Jaan_Tonisson_(Lasteleht), lk 74
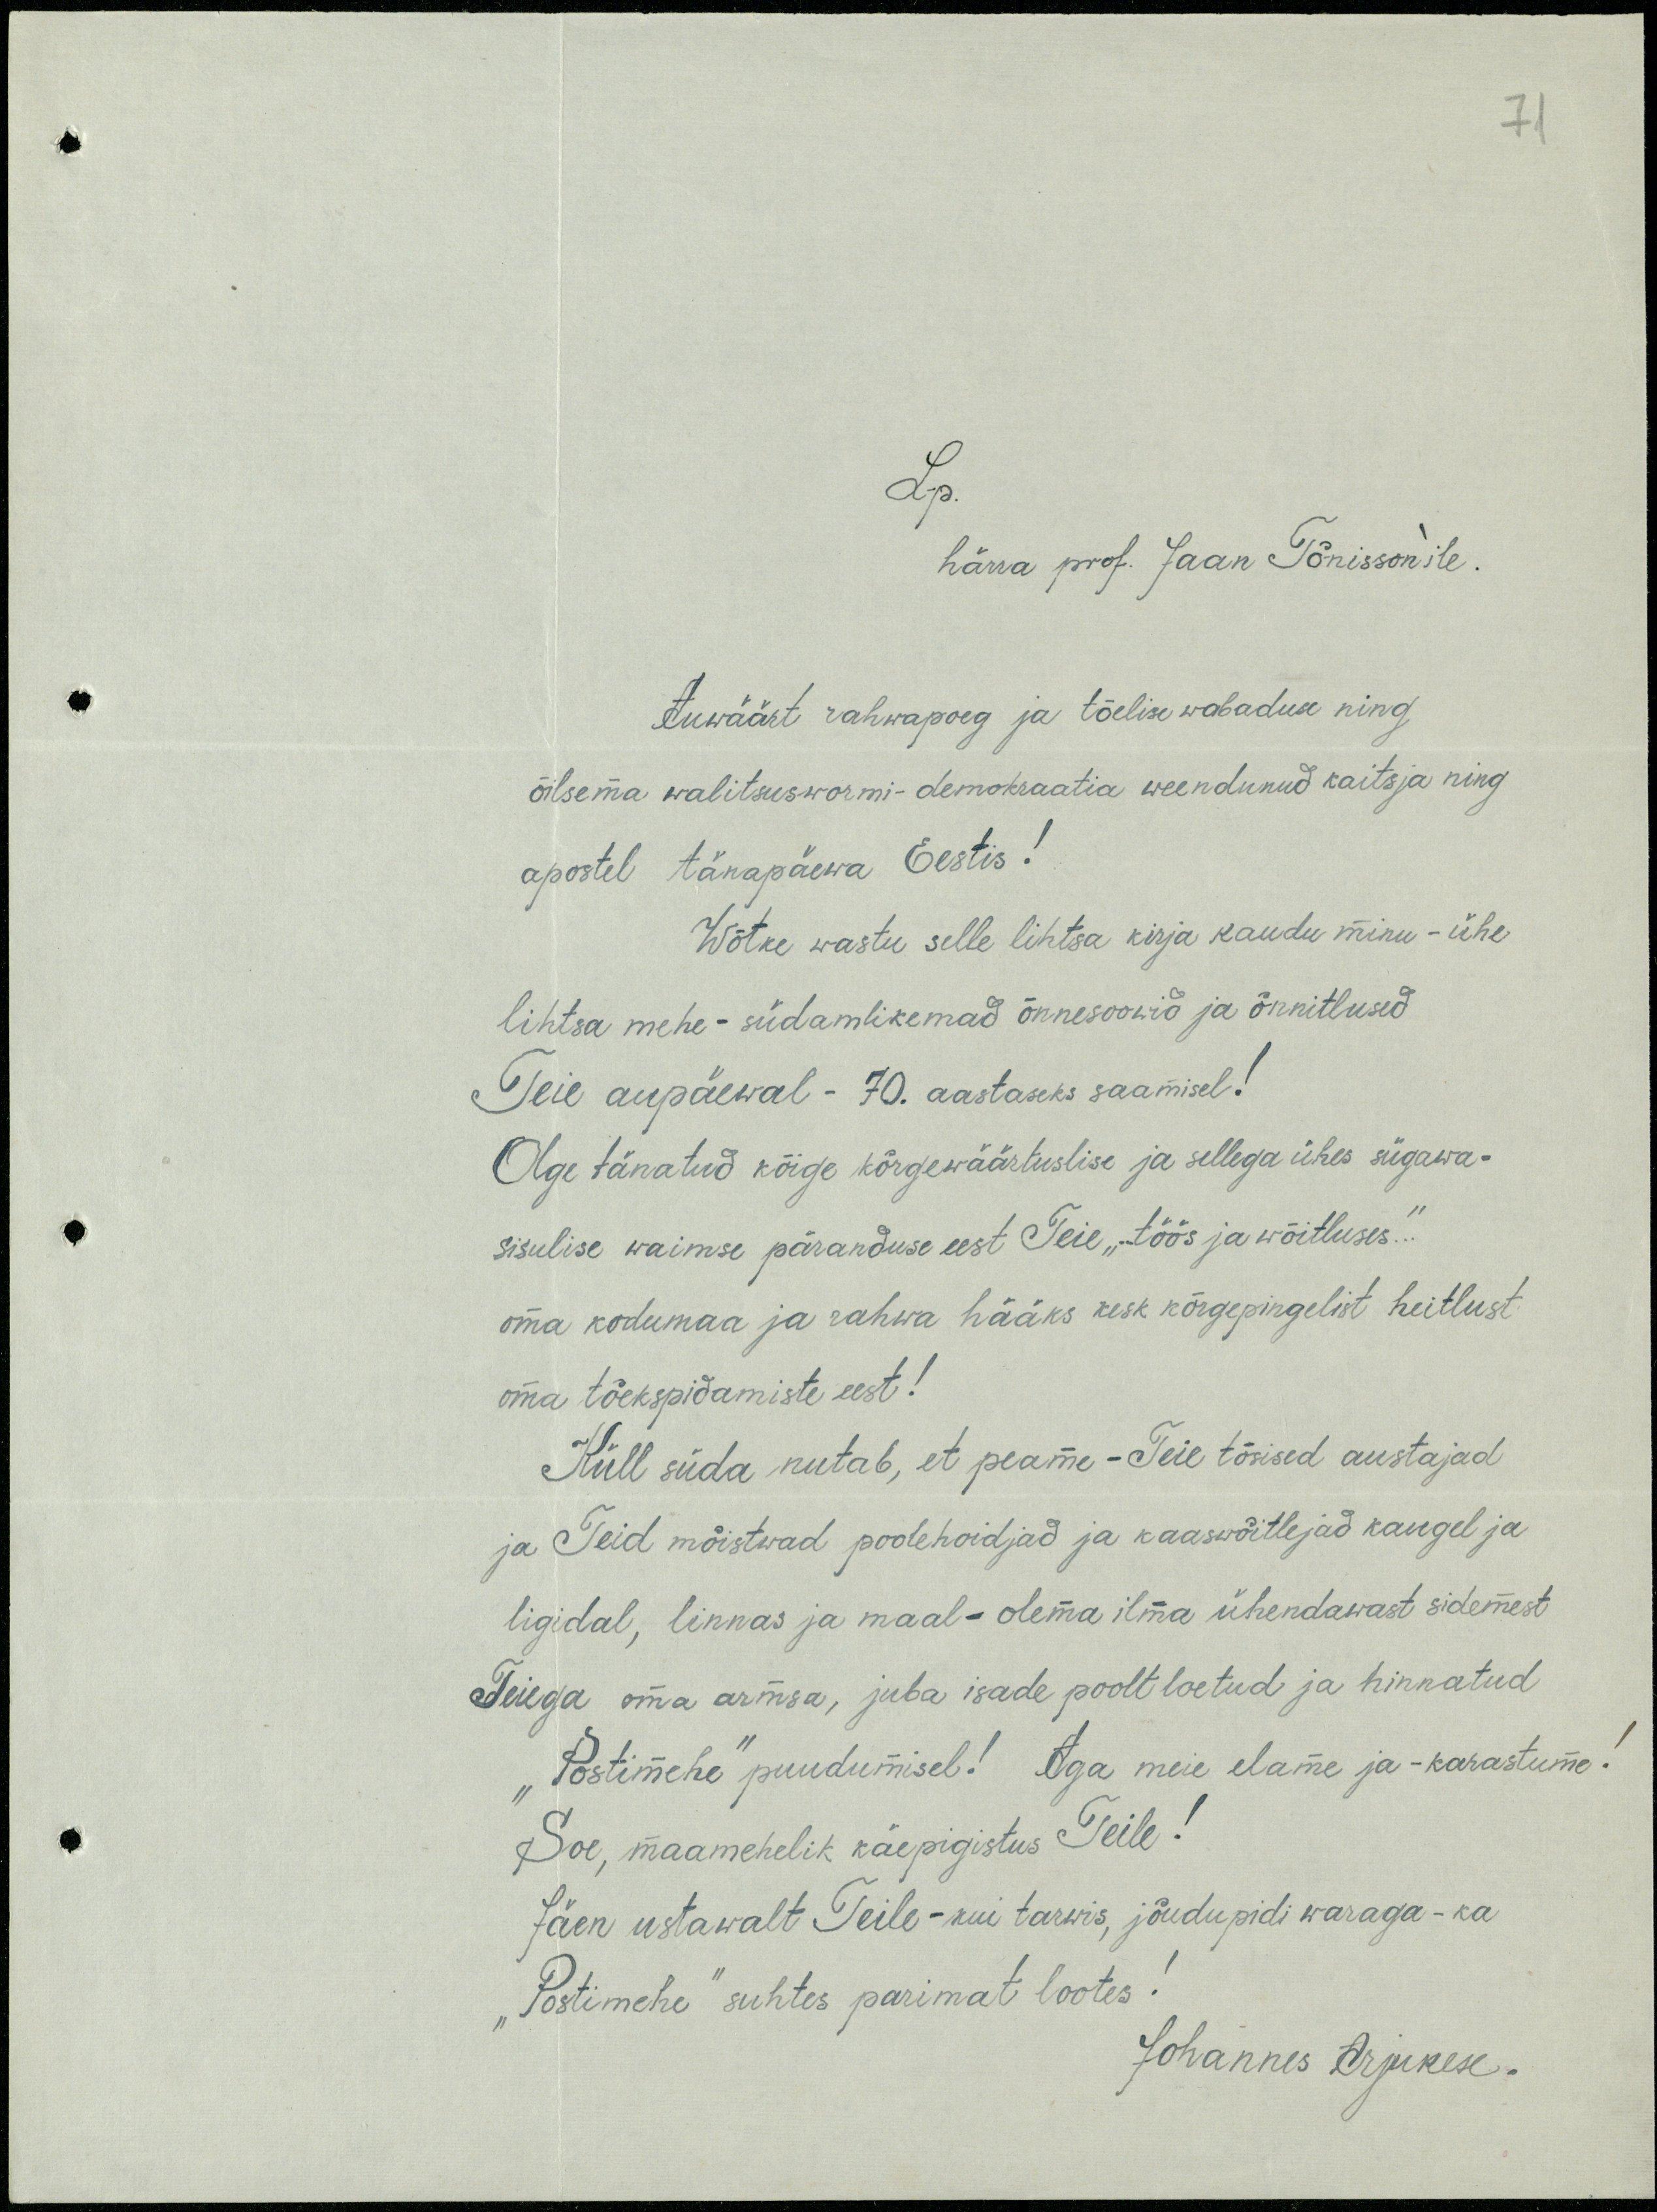
71

Lp.
härra prof. Jaan Tõnissonile.
Auwäärt rahwapoeg ja tõelise wabaduse ning
õilsema walitsuswormi-demokraatia weendunud kaitsja ning
apostel tänapäewa Eestis!
Wõtke wastu selle lihtsa kirja kaudu minu - ühe
lihtsa mehe- südamlikemad õnnesoowid ja õnnitlused
Teie aupäewal - 70. aastaseks saamisel!
Olge tänatud kõige kõrgewäärtuslise ja sellega ühes sügawa-
sisulise waimse päranduse eest Teie "töös ja wõitluses".
oma kodumaa ja rahwa hääks kesk kõrgepingelist heitlust
oma tõekspidamiste eest!
Küll süda nutab, et peame-Teie tõsised austajad
ja Teid mõistwad poolehoidjad ja kaaswõitlejad kaugel ja
ligidal, linnas ja maal - olema ilma ühendavast sidemest
Teiega oma armsa, juba isade poolt loetud ja hinnatud
"Postimehe" puudumisel! Aga meie elame ja-karastume!
Soe, maamehelik käepigistus Teile!
Jäen ustawalt Teile - kui tarwis, jõudupidi waraga - ka
"Postimehe" suhtes parimat lootes.
Johannes Arjukese.